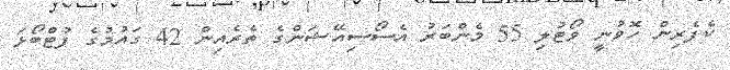
ކެފެރިން ހޮވުނީ ވޯޓުލި 55 މެންބަރު އެސޯސިއޭޝަންގެ ތެރެއިން 42 ގައުމުގެ ފުޓްބޯޅަ